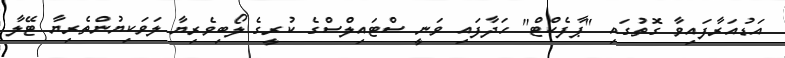
އަޑުއަރާފައިވާ ގޮތުގައި "ޕާފެކްޓް" ހަދާފައި ވަނީ ސްޓައިލްސްގެ ކުރީގެ ލޯބިވެރިޔާ ލަވަކިޔުންތެރިޔާ ޓޭލާ